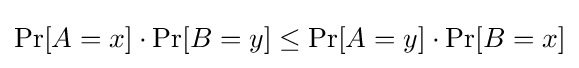
\Pr[A=x]\cdot \Pr[B=y]\leq \Pr[A=y]\cdot \Pr[B=x]